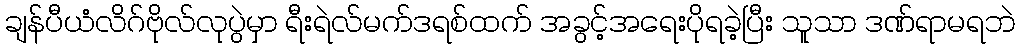
ချန်ပီယံလိဂ်ဗိုလ်လုပွဲမှာ ရီးရဲလ်မက်ဒရစ်ထက် အခွင့်အရေးပိုရခဲ့ပြီး သူသာ ဒဏ်ရာမရဘဲ